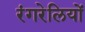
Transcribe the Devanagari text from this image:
रंगरेलियों